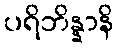
ပရိဘိန္နာနိ